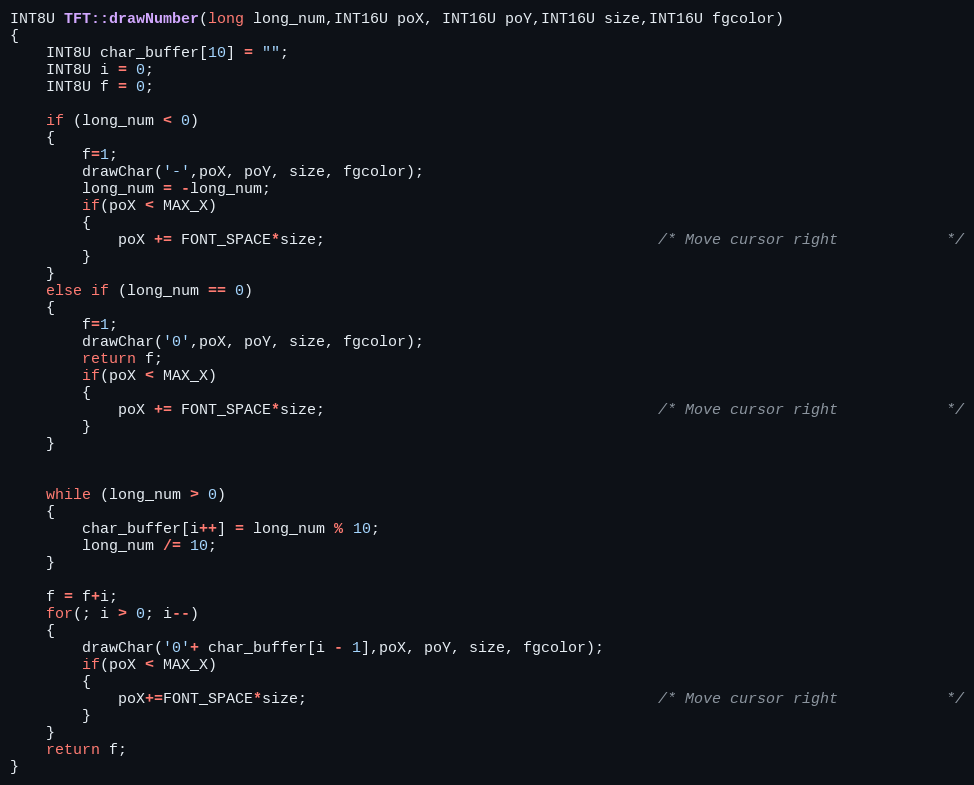
Language: C++
INT8U TFT::drawNumber(long long_num,INT16U poX, INT16U poY,INT16U size,INT16U fgcolor)
{
    INT8U char_buffer[10] = "";
    INT8U i = 0;
    INT8U f = 0;

    if (long_num < 0)
    {
        f=1;
        drawChar('-',poX, poY, size, fgcolor);
        long_num = -long_num;
        if(poX < MAX_X)
        {
            poX += FONT_SPACE*size;                                     /* Move cursor right            */
        }
    }
    else if (long_num == 0)
    {
        f=1;
        drawChar('0',poX, poY, size, fgcolor);
        return f;
        if(poX < MAX_X)
        {
            poX += FONT_SPACE*size;                                     /* Move cursor right            */
        }
    }

    while (long_num > 0)
    {
        char_buffer[i++] = long_num % 10;
        long_num /= 10;
    }

    f = f+i;
    for(; i > 0; i--)
    {
        drawChar('0'+ char_buffer[i - 1],poX, poY, size, fgcolor);
        if(poX < MAX_X)
        {
            poX+=FONT_SPACE*size;                                       /* Move cursor right            */
        }
    }
    return f;
}